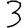
Digit: 3